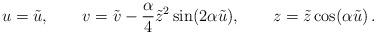
LaTeX: \begin{align*}u = \tilde{u}, \qquad v = \tilde{v} - \frac{\alpha}{4} \tilde{z}^2\sin(2 \alpha \tilde{u}), \qquad z = \tilde{z} \cos(\alpha \tilde{u})\, .\end{align*}